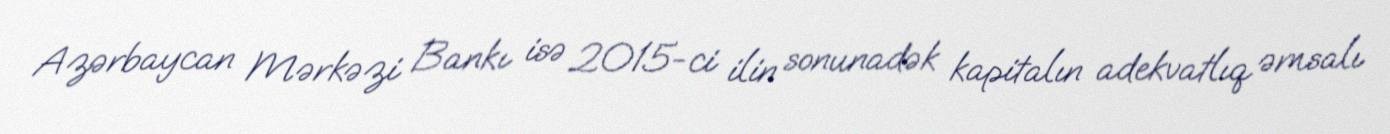
Azərbaycan Mərkəzi Bankı isə 2015-ci ilin sonunadək kapitalın adekvatlıq əmsalı